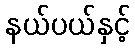
နယ်ပယ်နှင့်